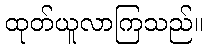
ထုတ်ယူလာကြသည်။